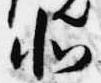
北